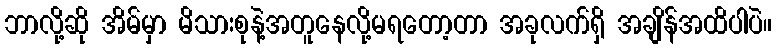
ဘာလို့ဆို အိမ်မှာ မိသားစုနဲ့အတူနေလို့မရတော့တာ အခုလက်ရှိ အချိန်အထိပါပဲ။